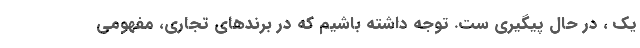
یک ، در حالِ پیگیری ست. توجه داشته باشیم که در برندهای تجاری، مفهومی